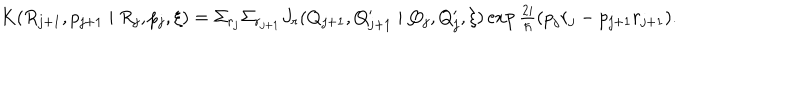
LaTeX: \begin{array} { l } { { K ( R _ { j + 1 } , p _ { j + 1 } \mid R _ { j } , p _ { j } , \xi ) = \Sigma _ { r _ { j } } \Sigma _ { r _ { j + 1 } } J _ { r } ( Q _ { j + 1 } , Q _ { j + 1 } ^ { \prime } \mid Q _ { j } , Q _ { j } ^ { \prime } , \xi ) \exp \frac { 2 i } { \hbar } ( p _ { j } r _ { j } - p _ { j + 1 } r _ { j + 1 } ) . } } \\ \end{array}